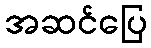
အဆင်ပြေ